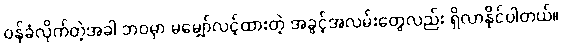
ဝန်ခံလိုက်တဲ့အခါ ဘဝမှာ မမျှော်လင့်ထားတဲ့ အခွင့်အလမ်းတွေလည်း ရှိလာနိုင်ပါတယ်။